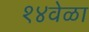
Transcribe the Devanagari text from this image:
१४वेळा